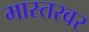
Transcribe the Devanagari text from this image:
मास्तरवर